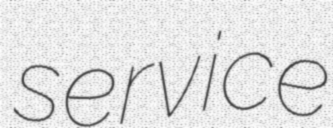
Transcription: service